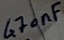
Text: 470nF